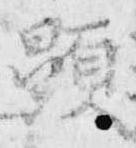
顕